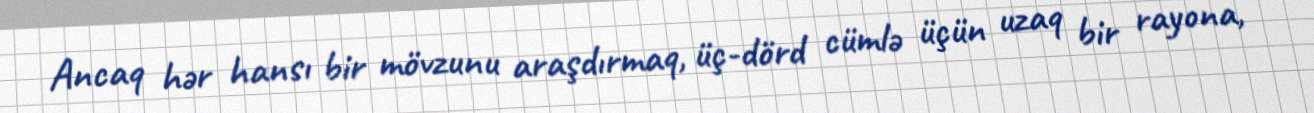
Ancaq hər hansı bir mövzunu araşdırmaq, üç-dörd cümlə üçün uzaq bir rayona,